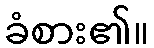
ခံစား၏။